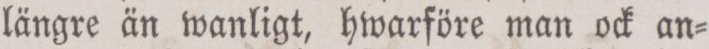
längre än wanligt, hwarföre man ock an=